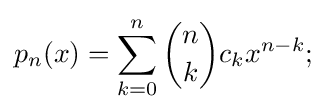
p_{n}(x)=\sum _{k=0}^{n}{\binom {n}{k}}c_{k}x^{n-k};